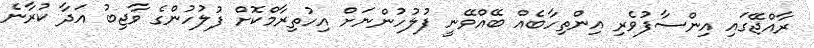
ރާއްޖޭގައި އިންސާފުވެރި އިންތިހާބެއް ބޭއްވޭނީ ފުލުހުންނަށް އިހުތިރާމްކޮށް ފުލުހުންގެ ވާޖިބު އަދާ ކުރާނެ